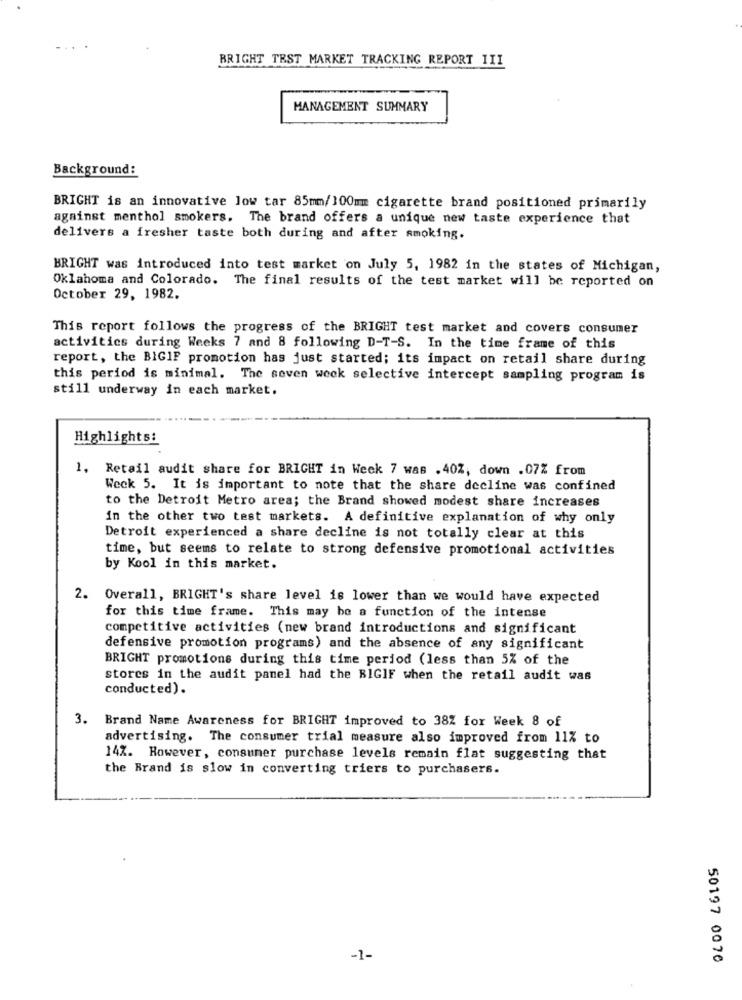
BRIGHT TEST MARKET TRACKING REPORT III
MANAGEMENT SUMMARY
Background:
BRIGHT is an innovative low tar 85mm/100mm cigarette brand positioned primarily
against menthol smokers. The brand offers a unique new taste experience that
delivers a fresher taste both during and after smoking.
BRIGHT was introduced into test market on July 5, 1982 in the states of Michigan,
Oklahoma and Colorado. The final results of the test market will be reported on
October 29, 1982.
This report follows the progress of the BRIGHT test market and covers consumer
activities during Weeks 7 and 8 following D-T-S. In the time frame of this
report, the BIGIF promotion has just started; its impact on retail share during
this period is minimal. The seven week selective intercept sampling program is
still underway in each market.
Highlights:
1. Retail audit share for BRIGHT in Week 7 was .40%, down .07% from
Week 5. It is important to note that the share decline was confined
to the Detroit Metro area; the Brand showed modest share increases
in the other two test markets. A definitive explanation of why only
Detroit experienced a share decline is not totally clear at this
time, but seems to relate to strong defensive promotional activities
by Kool in this market.
2. Overall, BRIGHT's share level is lower than we would have expected
for this time frame. This may be a function of the intense
competitive activities (new brand introductions and significant
defensive promotion programs) and the absence of any significant
BRIGHT promotions during this time period (less than 5% of the
stores in the audit panel had the BIGIF when the retail audit was
conducted).
3. Brand Name Awareness for BRIGHT improved to 38Z for Week 8 of
advertising. The consumer trial measure also improved from 11% to
14%. However, consumer purchase levels remain flat suggesting that
the Brand is slow in converting triers to purchasers.
-1-
50197 0076